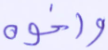
وأخوه